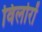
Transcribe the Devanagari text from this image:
विलोरों